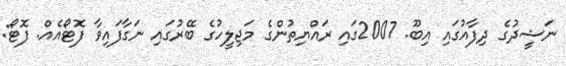
ނަޝީދުގެ ދިފާއުގައި އިބޫ. 2007ގައި ރައްޔިތުންގެ މަޖިލީހުގެ ބޭރުގައި ނަގާފައިވާ ފޮޓޯއެއް. ފޮޓޯ: